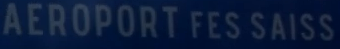
AEROPORT FES SAISS